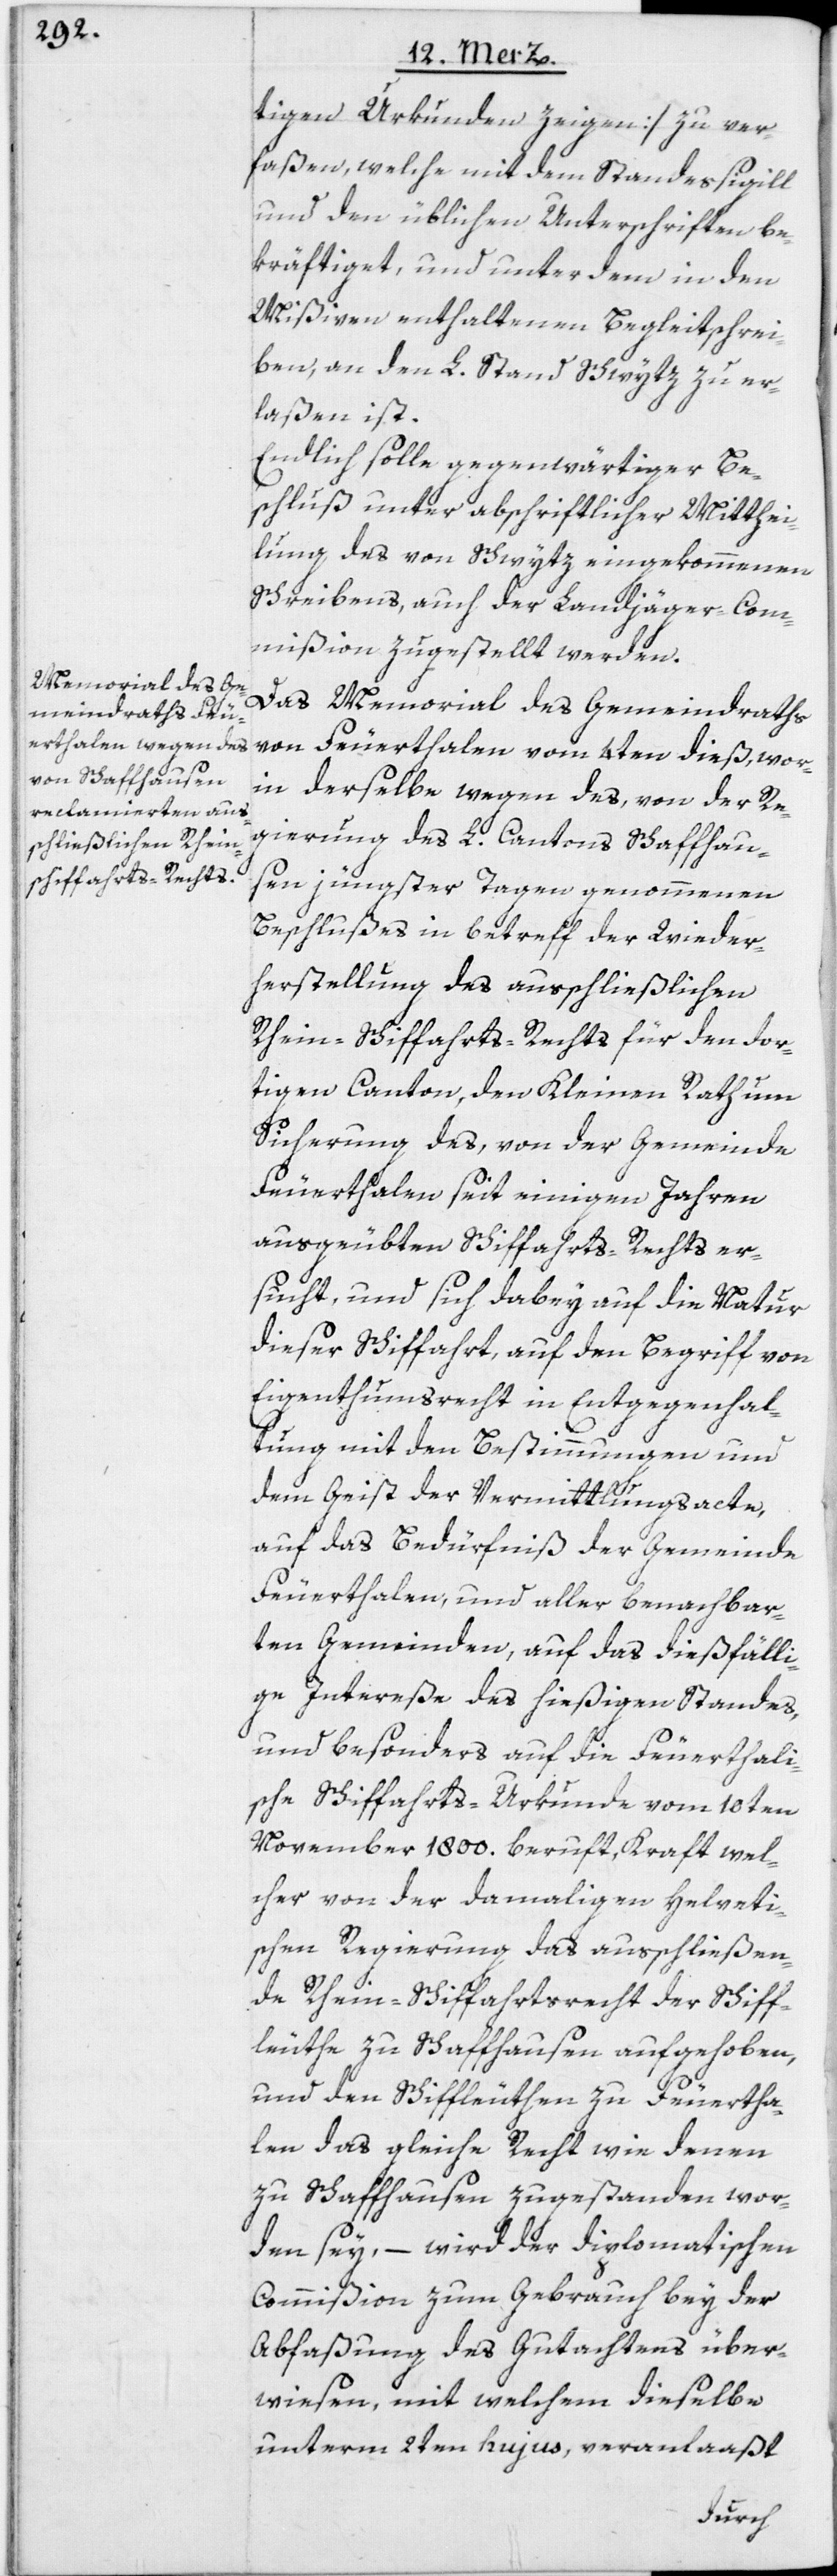
tigen Urkunden zeigen] zu ver¬
faßen, welche mit dem Standessigill
und den üblichen Unterschriften be¬
kräftiget, und unter dem in den
Mißiven enthaltenen Begleitschrei¬
ben, an den L. Stand Schwytz zu er¬
laßen ist.
Endlich solle gegenwärtiger Be¬
schluß unter abschriftlicher Mitthei¬
lung des von Schwytz eingekommenen
Schreibens, auch der Landjäger-Com¬
mißion zugestellt werden.
Das Memorial des Gemeindraths
von Feuerthalen vom 4ten dieß, wor¬
in derselbe wegen des, von der Re¬
gierung des L. Cantons Schaffhaus¬
en jüngster Tagen genommenen
Beschlußes in betreff der Wieder¬
herstellung des ausschließlichen
Rhein-Schiffahrts-Rechts für den dor¬
tigen Canton, den Kleinen Rath um
Sicherung des, von der Gemeinde
Feuerthalen seit einigen Jahren
ausgeübten Schiffahrts-Rechts er¬
sucht, und sich dabey auf die Natur
dieser Schiffahrt, auf den Begriff von
Eigenthumsrecht in Entgegenhal¬
tung mit den Bestimmungen und
dem Geist der Vermittlungsacte,
auf das Bedürfniß der Gemeinde
Feuerthalen, und aller benachbar¬
ten Gemeinden, auf das dießfälli¬
ge Intereße des hießigen Standes,
und besonders auf die Feuerthali¬
sche Schiffahrts-Urkunde vom 10ten
November 1800. beruft, Kraft wel¬
cher von der damaligen Helveti¬
schen Regierung das ausschließen¬
de Rhein-Schiffahrtsrecht der Schiff¬
leuthe zu Schaffhausen aufgehoben,
und den Schiffleuthen zu Feuertha¬
len das gleiche Recht wie denen
zu Schaffhausen zugestanden wor¬
den sey, – wird der diplomatischen
Commißion zum Gebrauch bey der
Abfaßung des Gutachtens über¬
wiesen, mit welchem dieselbe
unterm 2ten hujus, veranlaaßt